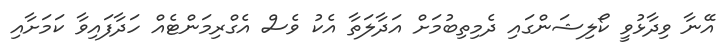
އޭނާ ވިދާޅުވީ ކޯލިޝަންގައި ދެމިތިބުމަށް އަދާލަތާ އެކު ވެސް އެގްރިމަންޓެއް ހަދާފައިވާ ކަމަށާއި